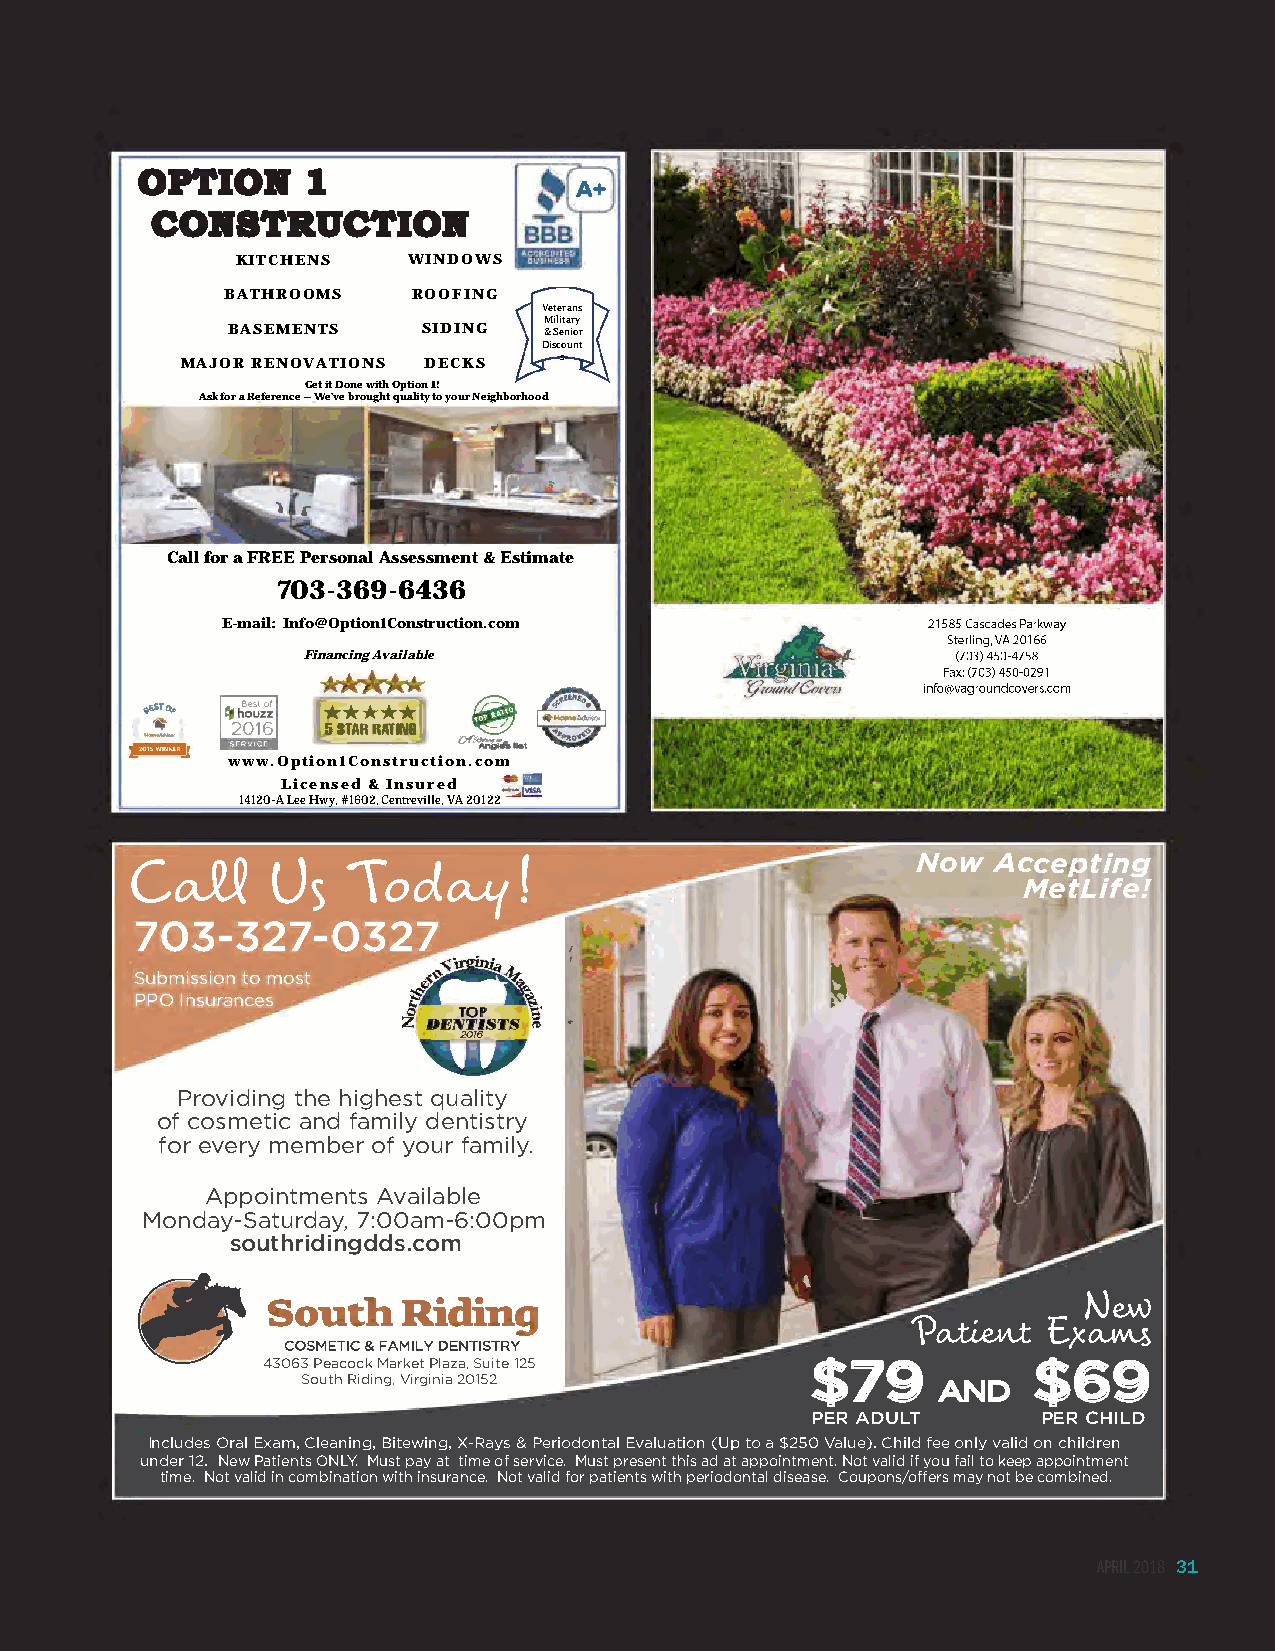
OPTIOR     1
 CORSTRUCTIOR
 KITCHENS   WINDOWS
 BATHROOMS   ROOFING
 Veterans
 Military
 BASEMENTS    SIDING  & Senior
 Discount
 MAJOR RENOVATIONS DECKS  s
 Get it Done with Option 1!
 Ask for a Reference –We’ve brought quality to your Neighborhood
 Call for a FREE Personal Assessment & Estimate
 703-369-6436
 E-mail: Info@Option1Construction.com
 Financing Available
 *****
 5 STAR RATIIIG
 www.Option1Construction.com
 Licensed & Insured
 14120-A Lee Hwy, #1602, Centreville, VA 20122
 Now  Accepting
 Call      Us   Today!
 MetLife!
 703-327-0327
 Submission to most
 PPO Insurances
 Providing the highest quality
 of cosmetic and family dentistry
 for every member of your family.
 Appointments Available
 Monday-Saturday, 7:00am-6:00pm
 southridingdds.com
 South    Riding                                       New
 Patient  Exams
 COSMETIC & FAMILY DENTISTRY
 43063 Peacock Market Plaza, Suite 125 $79          $69
 South Riding, Virginia 20152              AND
 PER ADULT      PER CHILD
 Includes Oral Exam, Cleaning, Bitewing, X-Rays & Periodontal Evaluation (Up to a $250 Value). Child fee only valid on children
 under 12. New Patients ONLY. Must pay at time of service. Must present this ad at appointment. Not valid if you fail to keep appointment
 time. Not valid in combination with insurance. Not valid for patients with periodontal disease. Coupons/offers may not be combined.
 APRIL 2018 31